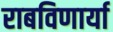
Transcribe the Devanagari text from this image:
राबविणार्या